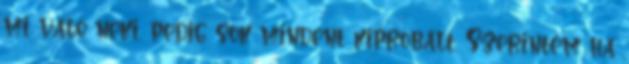
mi való neki, pedig sok mindent kipróbált. Szerintem ha